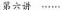
第六讲 ······